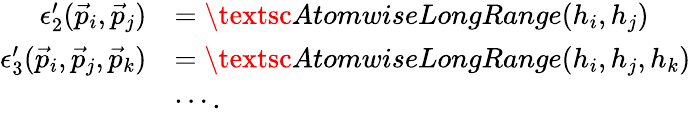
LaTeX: \begin{array}{rl}{\epsilon_{2}^{\prime}(\vec{p}_{i},\vec{p}_{j})}&{=\textsc{AtomwiseLongRange}(h_{i},h_{j})}\\ {\epsilon_{3}^{\prime}(\vec{p}_{i},\vec{p}_{j},\vec{p}_{k})}&{=\textsc{AtomwiseLongRange}(h_{i},h_{j},h_{k})}\\ &{\cdots.}\end{array}